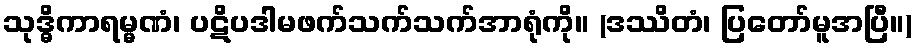
သုဒ္ဓိကာရမ္မဏံ၊ ပဋိပဒါမဖက်သက်သက်အာရုံကို။ (ဒဿိတံ၊ ပြတော်မူအပြီ။)